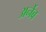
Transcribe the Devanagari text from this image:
अर्नेब